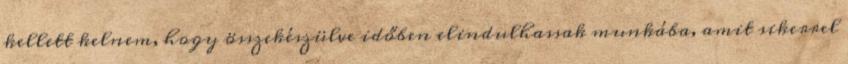
kellett kelnem, hogy összekészülve időben elindulhassak munkába, amit sikerrel